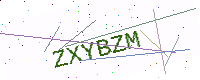
Text: ZXYBZM